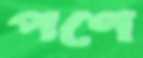
পণে